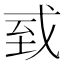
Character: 㦶